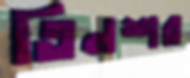
তিনশর